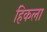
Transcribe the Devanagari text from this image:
हिकला